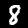
Label: 8